Vaccination in Bombay 1856-1862 - 1856-1862
Year: 1856
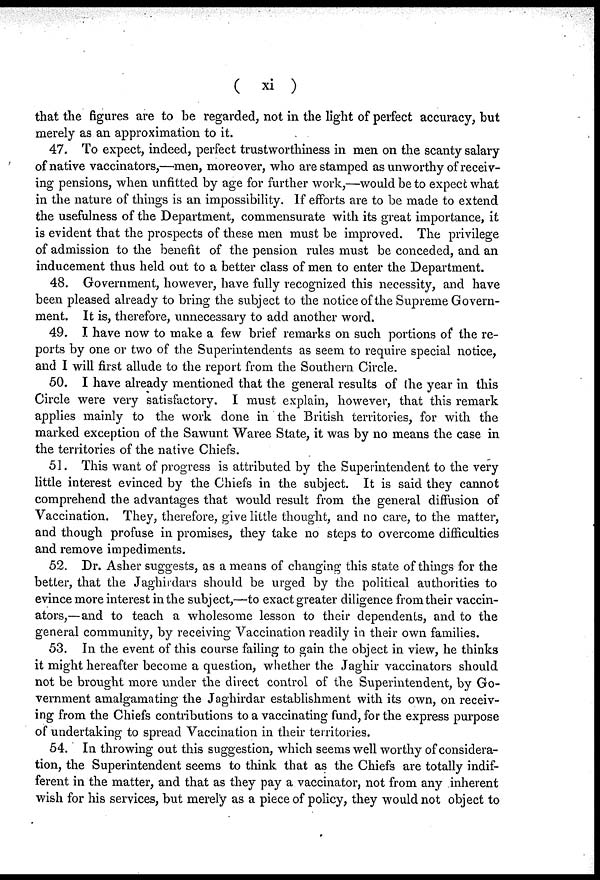
( xi )
that the figures are to be regarded, not in the light of perfect accuracy, but
merely as an approximation to it.
47. To expect, indeed, perfect trustworthiness in men on the scanty salary
of native vaccinators,—men, moreover, who are stamped as unworthy of receiv-
ing pensions, when unfitted by age for further work,—would be to expect what
in the nature of things is an impossibility. If efforts are to be made to extend
the usefulness of the Department, commensurate with its great importance, it
is evident that the prospects of these men must be improved. The privilege
of admission to the benefit of the pension rules must be conceded, and an
inducement thus held out to a better class of men to enter the Department.
48. Government, however, have fully recognized this necessity, and have
been pleased already to bring the subject to the notice of the Supreme Govern-
ment. It is, therefore, unnecessary to add another word.
49. I have now to make a few brief remarks on such portions of the re-
ports by one or two of the Superintendents as seem to require special notice,
and I will first allude to the report from the Southern Circle.
50. I have already mentioned that the general results of the year in this
Circle were very satisfactory. I must explain, however, that this remark
applies mainly to the work done in the British territories, for with the
marked exception of the Sawunt Waree State, it was by no means the case in
the territories of the native Chiefs.
51. This want of progress is attributed by the Superintendent to the very
little interest evinced by the Chiefs in the subject. It is said they cannot
comprehend the advantages that would result from the general diffusion of
Vaccination. They, therefore, give little thought, and no care, to the matter,
and though profuse in promises, they take no steps to overcome difficulties
and remove impediments.
52. Dr. Asher suggests, as a means of changing this state of things for the
better, that the Jaghirdars should be urged by the political authorities to
evince more interest in the subject,—to exact greater diligence from their vaccin-
ators,—and to teach a wholesome lesson to their dependents, and to the
general community, by receiving Vaccination readily in their own families.
53. In the event of this course failing to gain the object in view, he thinks
it might hereafter become a question, whether the Jaghir vaccinators should
not be brought more under the direct control of the Superintendent, by Go-
vernment amalgamating the Jaghirdar establishment with its own, on receiv-
ing from the Chiefs contributions to a vaccinating fund, for the express purpose
of undertaking to spread Vaccination in their territories.
54. In throwing out this suggestion, which seems well worthy of considera-
tion, the Superintendent seems to think that as the Chiefs are totally indif-
ferent in the matter, and that as they pay a vaccinator, not from any inherent
wish for his services, but merely as a piece of policy, they would not object to